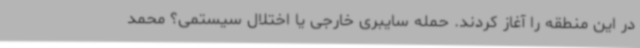
در این منطقه را آغاز کردند. حمله سایبری خارجی یا اختلال سیستمی؟ محمد